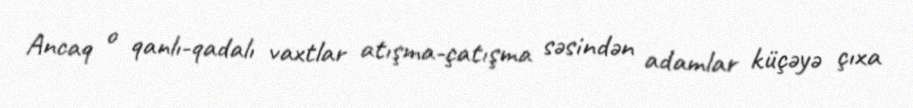
Ancaq o qanlı-qadalı vaxtlar atışma-çatışma səsindən adamlar küçəyə çıxa